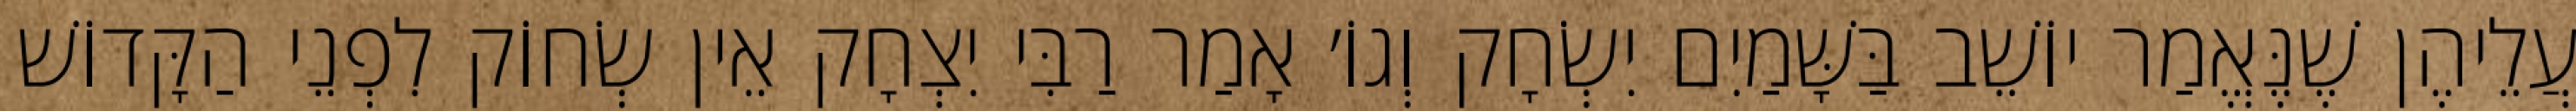
עֲלֵיהֶן שֶׁנֶּאֱמַר יוֹשֵׁב בַּשָּׁמַיִם יִשְׂחָק וְגוֹ׳ אָמַר רַבִּי יִצְחָק אֵין שְׂחוֹק לִפְנֵי הַקָּדוֹשׁ